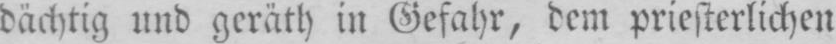
dächtig und geräth in Gefahr, dem priesterlichen